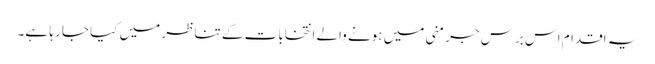
یہ اقدام اس برس جرمنی میں ہونے والے انتخابات کے تناظر میں کیا جا رہا ہے۔